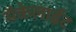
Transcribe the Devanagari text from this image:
मैकेलाईट